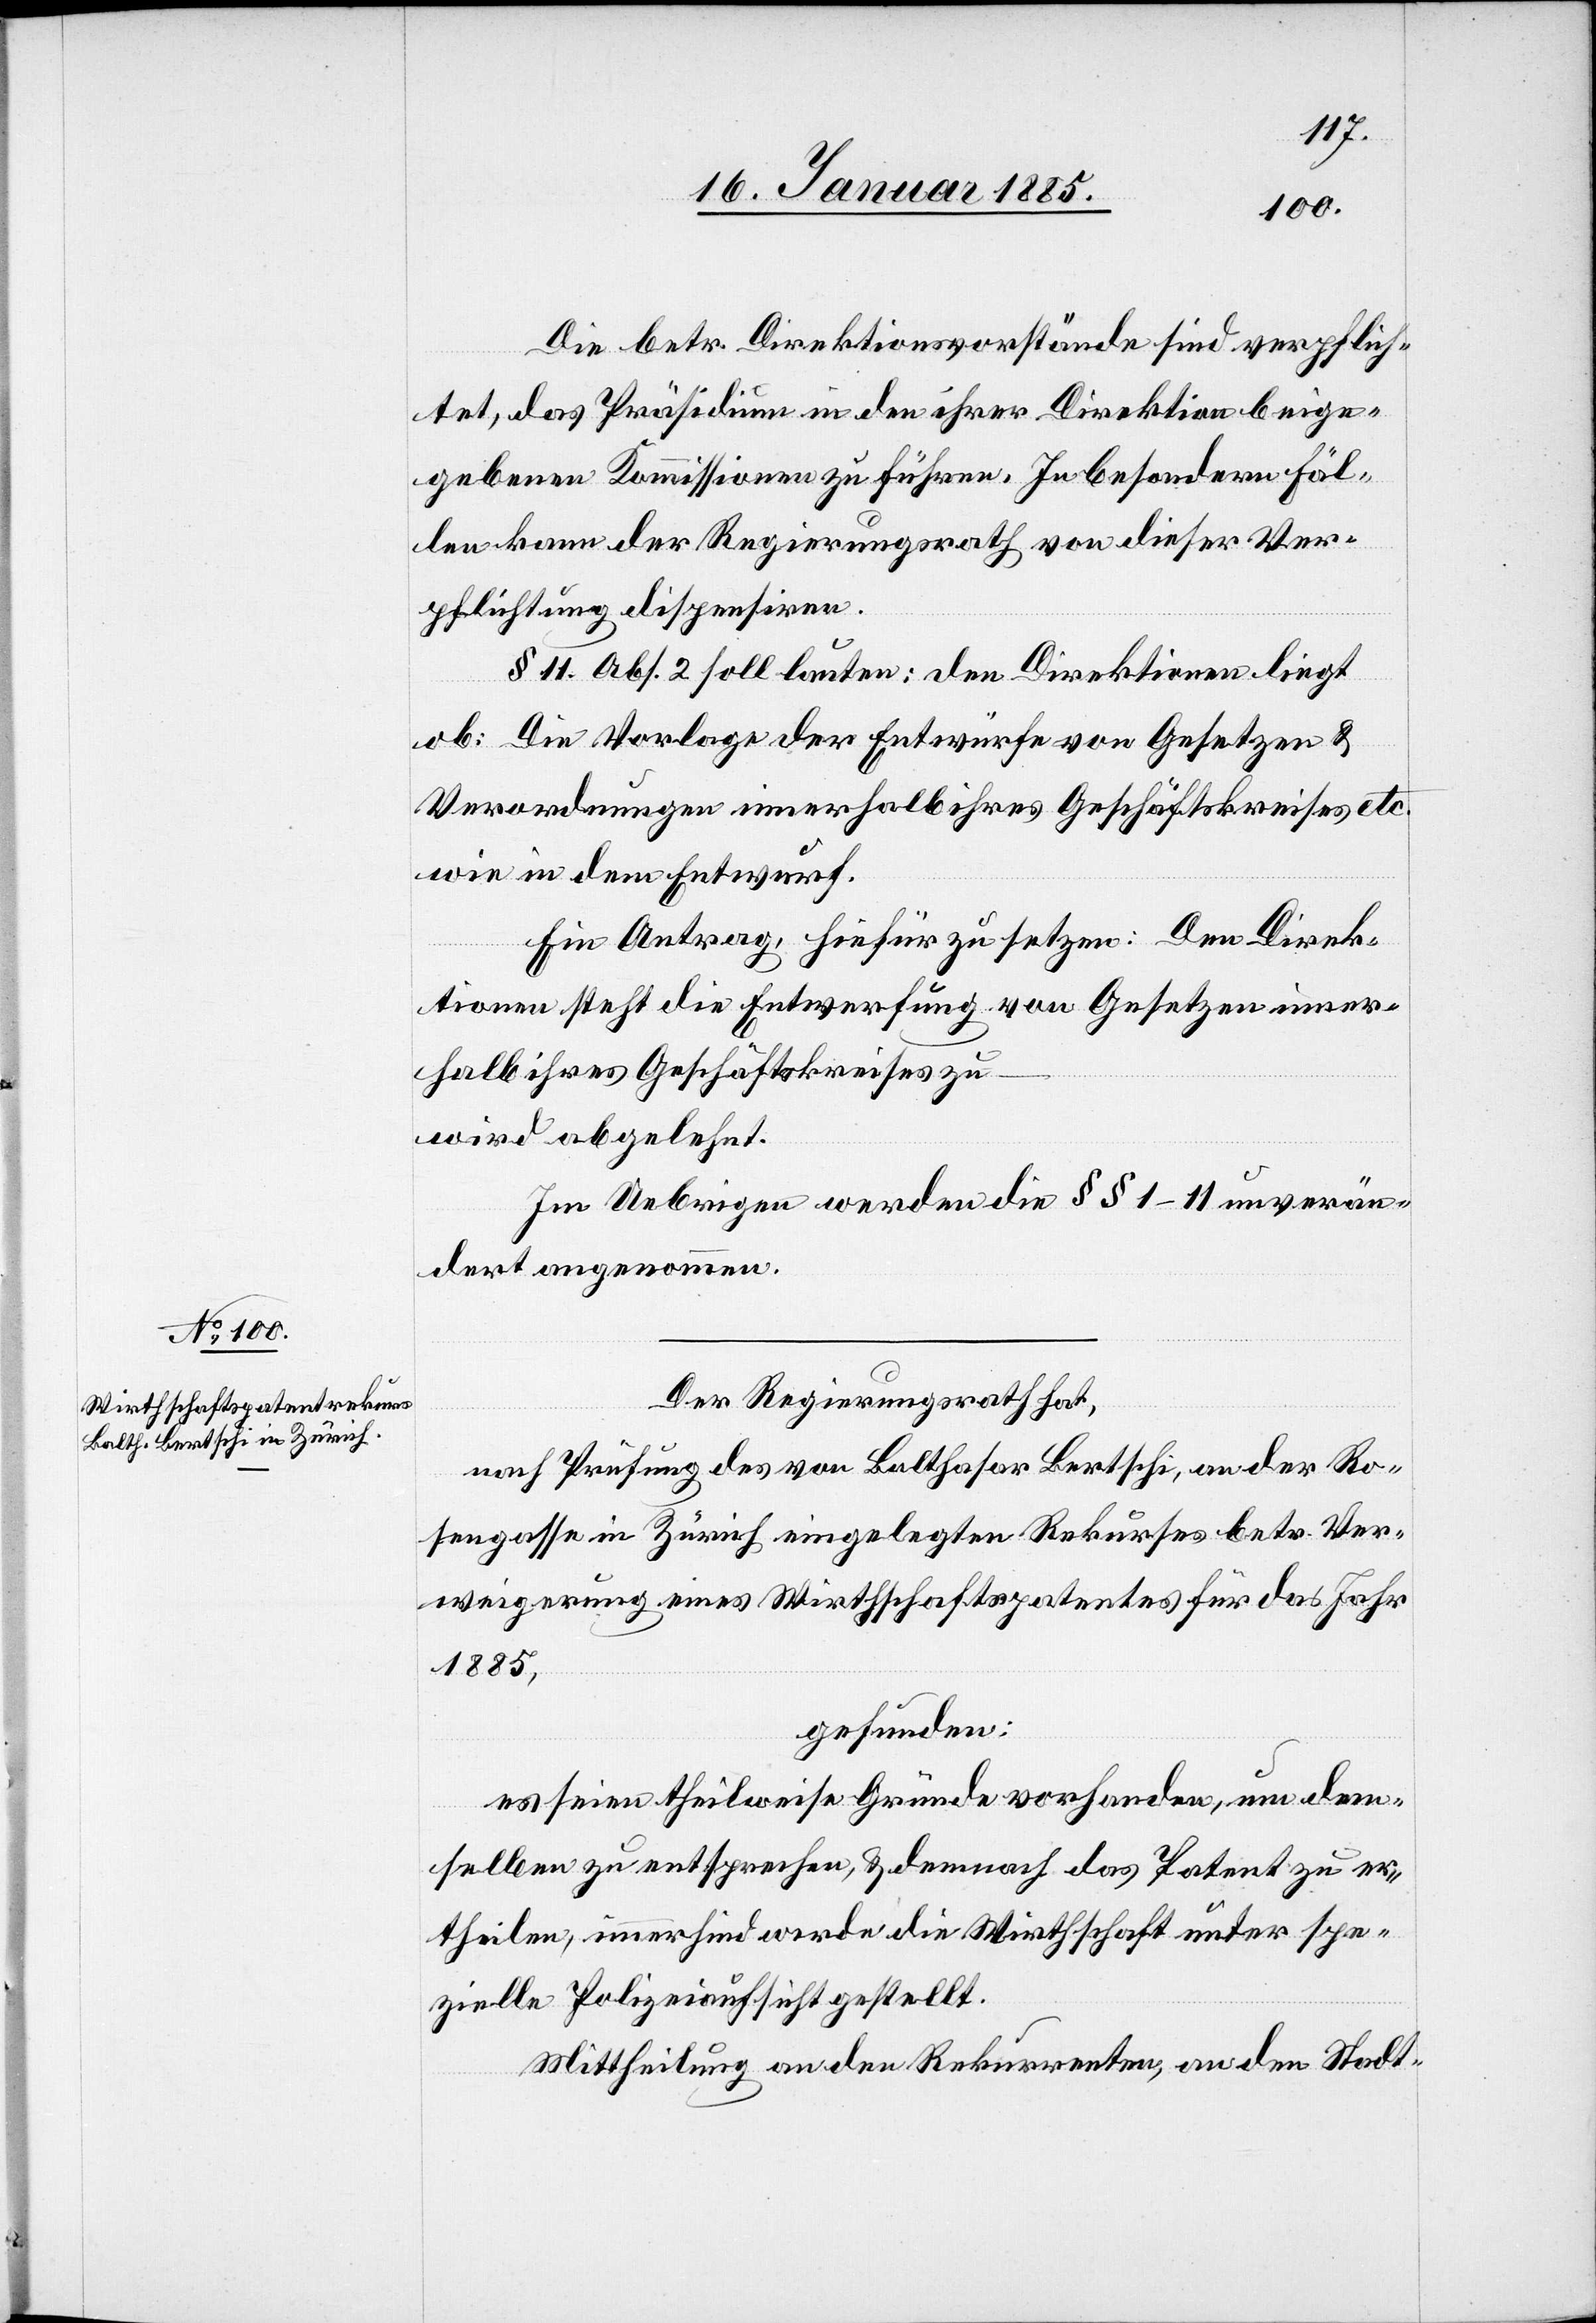
Die betr. Direktionsvorstände sind verpflich¬
tet, das Präsidium in den ihrer Direktion beige¬
gebenen Kommissionen zu führen. In besondern Fäl¬
len kann der Regierungsrath von dieser Ver¬
pflichtung dispensiren.
§ 11. Abs. 2 soll lauten: den Direktionen liegt
spe¬
ob: Die Vorlage der Entwürfe von Gesetzen &
Verordnungen innerhalb ihres Geschäftskreises etc.
wie in dem Entwurf.
Ein Antrag, hiefür zu setzen: Den Direk¬
tionen steht die Entwerfung von Gesetzen inner¬
halb ihres Geschäftskreises zu
wird abgelehnt.
Im Uebrigen werden die §§ 1–11 unverän¬
dert angenommen.
Der Regierungsrath hat,
nach Prüfung des von Balthasar Bertschi, an der Ro¬
sengasse in Zürich eingelegten Rekurses betr. Ver¬
weigerung eines Wirthschaftspatentes für das Jahr
1885,
gefunden:
es seien theilweise Gründe vorhanden, um dem¬
selben zu entsprechen, & demnach das Patent zu erth¬
zielle Polizeiaufsicht gestellt.
Mittheilung an den Rekurrenten, an den Stadt-